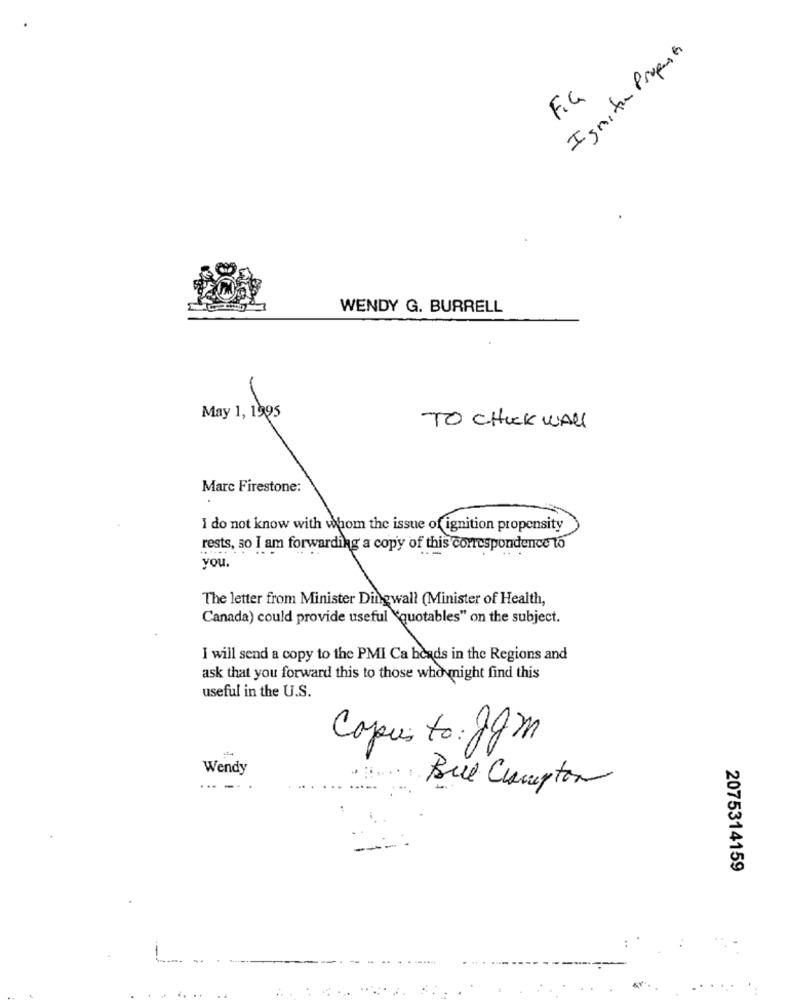
Ignite Propose
FIG
WENDY G. BURRELL
May 1, 1995
TO CHUCK WALL
Marc Firestone:
I do not know with whom the issue of ignition propensity
rests, so I am forwarding a copy of this correspondence to
you.
The letter from Minister Dingwall (Minister of Health,
Canada) could provide useful "quotables" on the subject.
I will send a copy to the PMI Ca heads in the Regions and
ask that you forward this to those who might find this
useful in the U.S.
Capus to: pgm
Wendy
...--
Bul Compton
---
2075314159
......